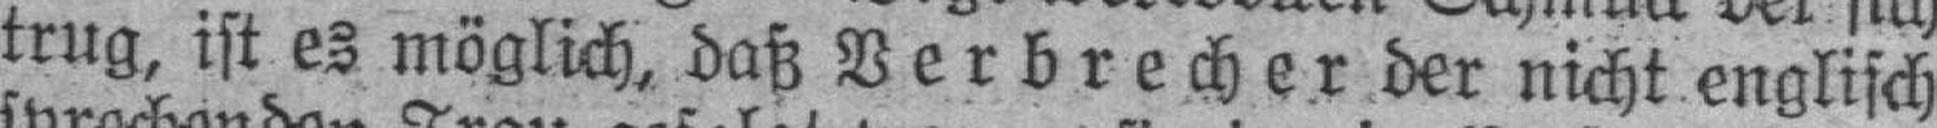
trug, ist es möglich, daß Verbrecher der nicht englisch